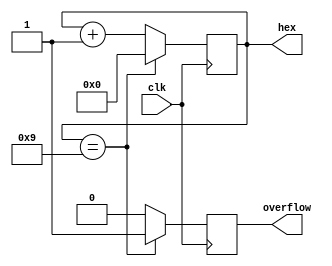
module bcdCounter(
    output [3:0] hex,
    output overflow,
    input clk
    );
    
    reg [0:3] hex;
    reg overflow;
    
    initial
        hex = 0;
    
    always @(posedge clk)
    begin
        if (hex == 4'd9) 
        begin
            hex = 0;
            overflow = 1;
        end
        else 
        begin
            hex = hex + 1;
            overflow = 0;
        end
    end
endmodule